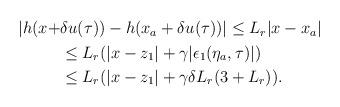
LaTeX: \begin{align*}\begin{aligned}|h(x+&\delta u(\tau)) - h(x_a+\delta u(\tau))| \le L_r |x-x_a| \\&\le L_r(|x-z_1|+\gamma |\epsilon_1(\eta_a,\tau)|) \\&\le L_r(|x-z_1|+\gamma \delta L_r ( 3 + L_r)).\end{aligned}\end{align*}